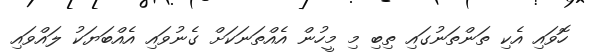
ހޮވައި އެކި ތަންތަނުގައި ތިބި މި މީހުން އެއްތަނަކަށް ގެނުވައި އެއްބަޔަކު ލައްވައި